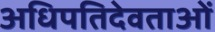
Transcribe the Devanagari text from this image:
अधिपतिदेवताओं